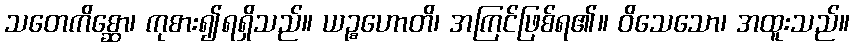
သတေကိစ္ဆော၊ ကုစား၍ရရှိသည်။ ယဉ္စဟောတိ၊ အကြင်ဖြစ်ရ၏။ ဝိသေသော၊ အထူးသည်။